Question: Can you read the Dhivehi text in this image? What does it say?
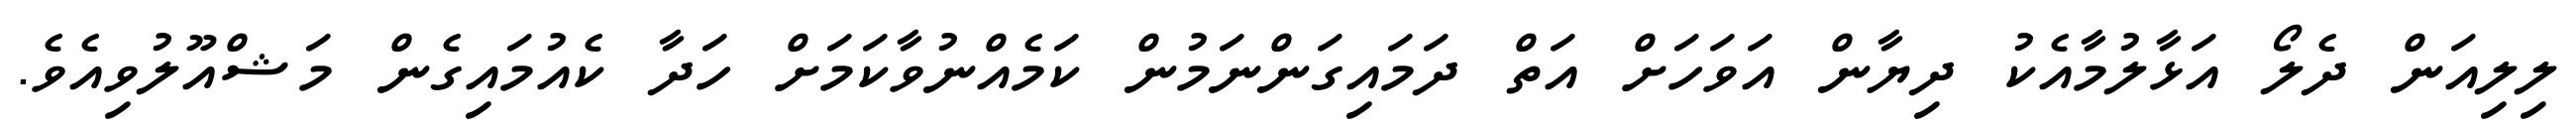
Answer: ލިލިއަން ދެލޯ އަޅާލުމާއެކު ދިޔާން އަވަހަށް އަތް ދަމައިގަންނަމުން ކަމެއްނުވާކަމަށް ހަދާ ކެއުމައިގެން މަޝްއޫލުވިއެވެ.